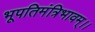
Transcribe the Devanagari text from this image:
भूपतिमंत्रिभावम्।।